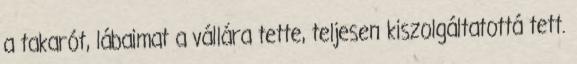
a takarót, lábaimat a vállára tette, teljesen kiszolgáltatottá tett.